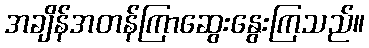
အချိန်အတန်ကြာဆွေးနွေးကြသည်။